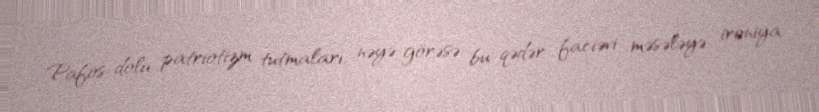
Pafos dolu patriotizm tutmaları, nəyə görəsə bu qədər faciəvi məsələyə ironiya